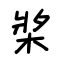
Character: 槳